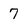
Character: 7